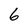
Character: 6